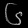
Digit: ၆